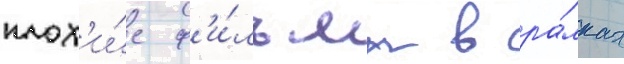
плох'и́е ф'и́льмы в ра́мках